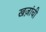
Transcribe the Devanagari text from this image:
खज़ांची